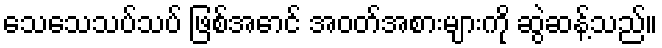
သေသေသပ်သပ် ဖြစ်အောင် အဝတ်အစားများကို ဆွဲဆန့်သည်။